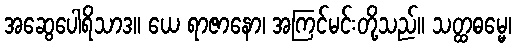
အဆွေပေါရိသာဒ။ ယေ ရာဇာနော၊ အကြင်မင်းတို့သည်။ သတ္ထဓမ္မေ၊